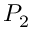
P _ { 2 }